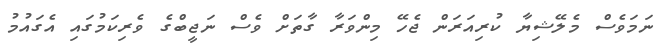
ނަމަވެސް މެލޭޝިޔާ ކުރިއަރަން ޖެހޭ މިންވަރާ ގާތަށް ވެސް ނަޖީބްގެ ވެރިކަމުގައި އެގައުމު